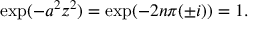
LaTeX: \exp ( - a ^ { 2 } z ^ { 2 } ) = \exp ( - 2 n \pi ( \pm i ) ) = 1 .